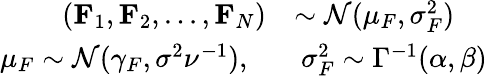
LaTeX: \begin{array}{rl}{(\mathbf{F}_{1},\mathbf{F}_{2},...,\mathbf{F}_{N})}&{\sim\mathcal{N}(\mu_{F},\sigma_{F}^{2})}\\ {\mu_{F}\sim\mathcal{N}(\gamma_{F},\sigma^{2}\nu^{-1}),\ \ }&{\ \sigma_{F}^{2}\sim\Gamma^{-1}(\alpha,\beta)}\end{array}